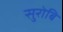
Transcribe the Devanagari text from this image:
सुरोबि